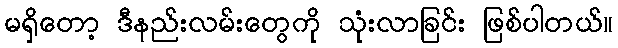
မရှိတော့ ဒီနည်းလမ်းတွေကို သုံးလာခြင်း ဖြစ်ပါတယ်။